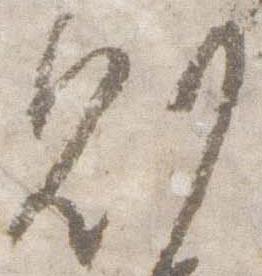
則